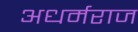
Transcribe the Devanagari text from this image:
अधर्मराज